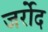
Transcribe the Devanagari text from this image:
जर्रोद